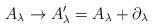
LaTeX: \begin{align*}A_\lambda \rightarrow A'_\lambda = A_\lambda + \partial_\lambda\end{align*}